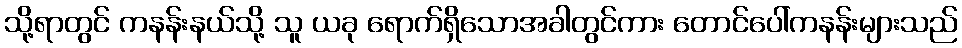
သို့ရာတွင် ကနန်းနယ်သို့ သူ ယခု ရောက်ရှိသောအခါတွင်ကား တောင်ပေါ်ကနန်းများသည်